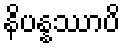
နိပန္နဿာပိ